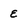
Character: e